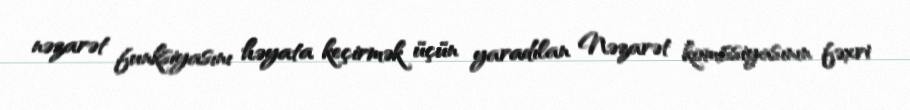
nəzarət funksiyasını həyata keçirmək üçün yaradılan Nəzarət komissiyasının fəxri